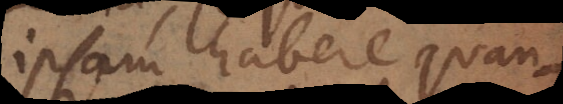
ipsam habere quan